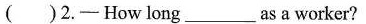
( )2.- How long ___ as a worker?